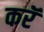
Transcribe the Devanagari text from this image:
करॅ